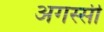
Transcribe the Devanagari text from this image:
अगस्सी